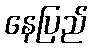
နေပြည်